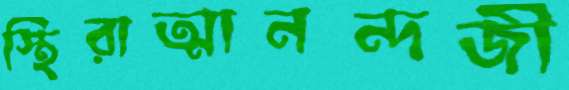
স্থিরাত্মানন্দজী